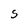
Character: s